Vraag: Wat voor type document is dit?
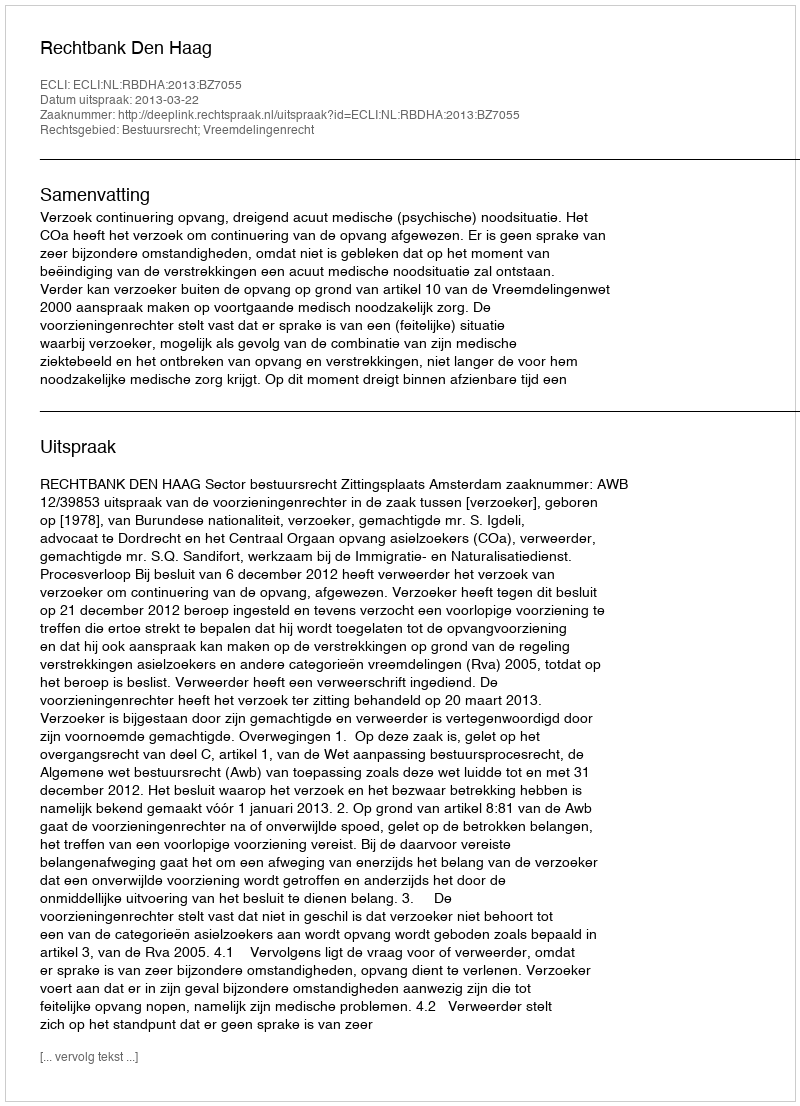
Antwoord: Uitspraak